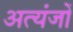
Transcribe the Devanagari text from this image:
अत्यंजों